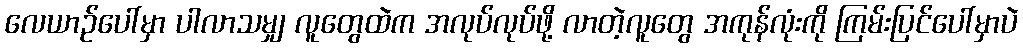
လေယာဉ်ပေါ်မှာ ပါလာသမျှ လူတွေထဲက အလုပ်လုပ်ဖို့ လာတဲ့လူတွေ အကုန်လုံးကို ကြမ်းပြင်ပေါ်မှာပဲ